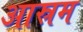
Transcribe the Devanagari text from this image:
आस्रम